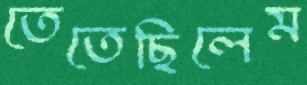
তেতেছিলেম